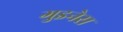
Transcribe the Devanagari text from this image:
गुइनेस